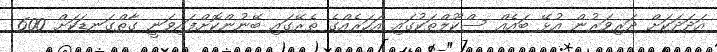
އަދަދަކަށް ދަރިވަރުން އުޅޭ ބައެއް ސްކޫލްތަކުގައި އަހަރެއްގެ ތެރޭގައި ބޭނުންކޮށްފައިވަނީ ގާތްގަނޑަކަށް 600